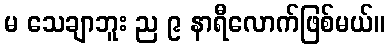
မ သေချာဘူး ည ၉ နာရီလောက်ဖြစ်မယ်။